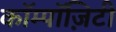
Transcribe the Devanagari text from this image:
कॉम्पॉज़िटी